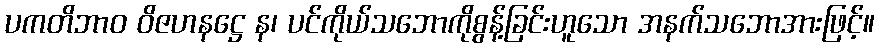
ပကတိဘာဝ ဝိဇဟနဋ္ဌေ န၊ ပင်ကိုယ်သဘောကိုစွန့်ခြင်းဟူသော အနက်သဘောအားဖြင့်။